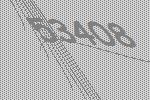
53408